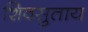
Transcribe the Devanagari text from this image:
शिवसुताय